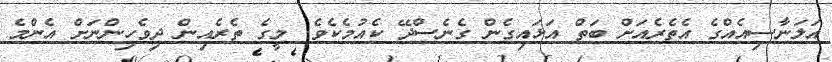
އަލަނާސިއެއްގެ އެތެރެއަށް ބަތް އަޅައިގެން ގެނެސްދޭ ކެއުމެކެވެ. މީގެ ތެރެއިން ދިވެހިންނަށް އެންމެ